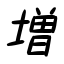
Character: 増